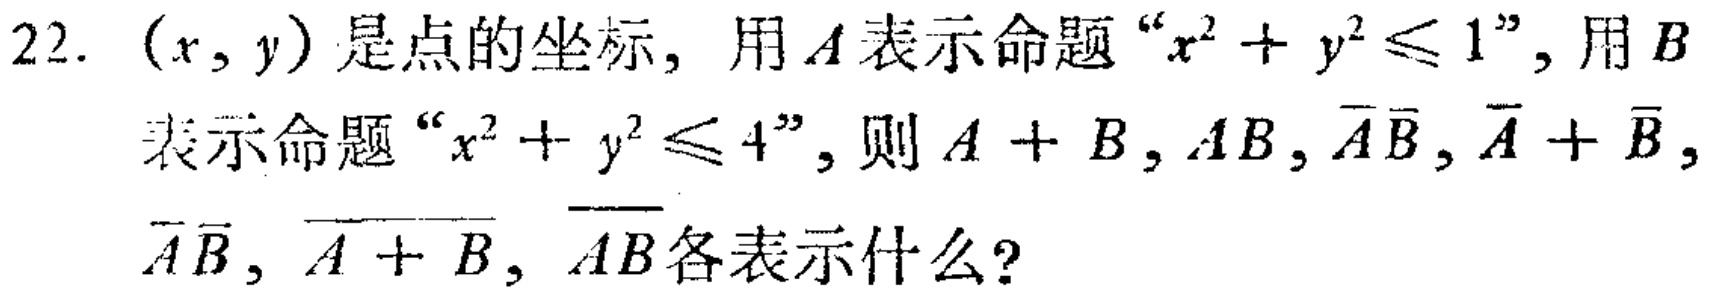
22. \((x,y)\)是点的坐标，用\(A\)表示命题“\(x^{2}+y^{2}\leq1\)”，用\(B\)表示命题“\(x^{2}+y^{2}\leq4\)”，则\(A + B\)，\(AB\)，\(\overline{A}\overline{B}\)，\(\overline{A}+\overline{B}\)，\(\overline{\overline{A}\overline{B}}\)，\(\overline{A + B}\)，\(\overline{AB}\)各表示什么？